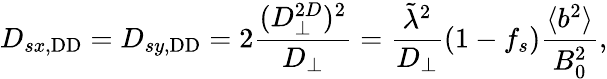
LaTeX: D_{sx,\mathrm{DD}}=D_{sy,\mathrm{DD}}=2\frac{(D_{\perp}^{2D})^{2}}{D_{\perp}}=\frac{\tilde{\lambda}^{2}}{D_{\perp}}(1-f_{s})\frac{\langle b^{2}\rangle}{B_{0}^{2}},